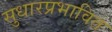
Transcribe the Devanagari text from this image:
सुधारप्रभावित